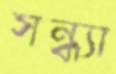
সন্ধ্যা